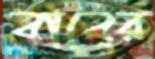
বাবের